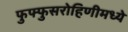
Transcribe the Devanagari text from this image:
फुफ्फुसरोहिणीमध्ये